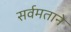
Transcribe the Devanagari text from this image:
सर्वमताने